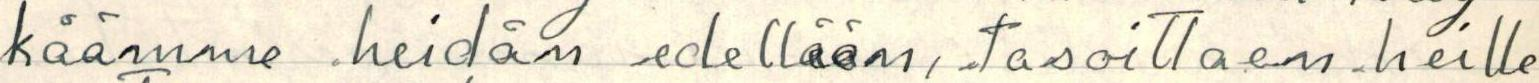
käämme heidän edellään, ,,tasoittaen. heille